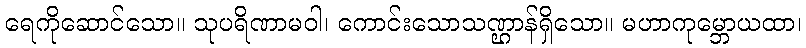
ရေကိုဆောင်သော။ သုပရိဏာမဝါ၊ ကောင်းသောသဏ္ဌာန်ရှိသော။ မဟာကုမ္ဘောယထာ၊